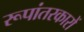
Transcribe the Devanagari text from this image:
रूपांतरकारों